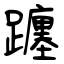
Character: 躔